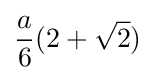
{a \over 6}(2+{\sqrt {2}})